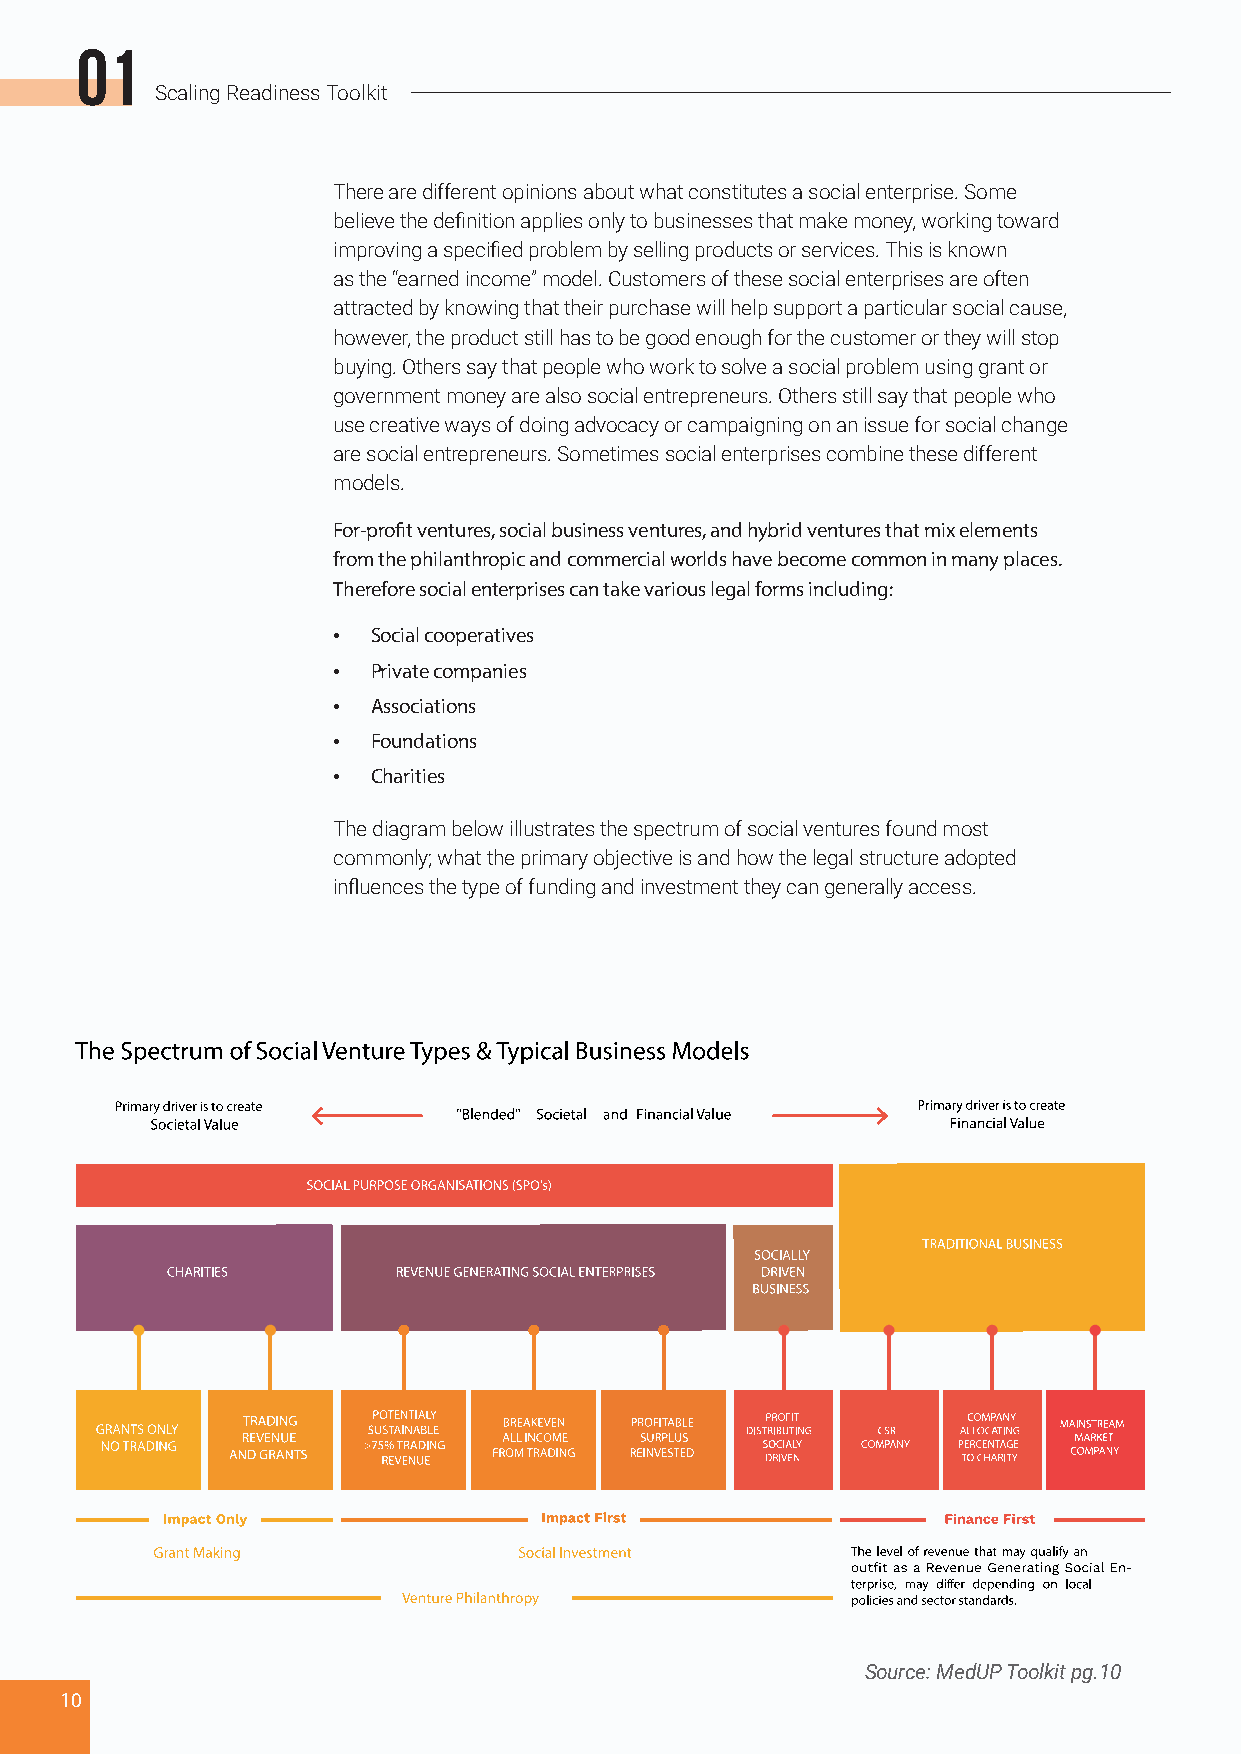
01
 Scaling Readiness Toolkit
 There are different opinions about what constitutes a social enterprise. Some
 believe the definition applies only to businesses that make money, working toward
 improving a specified problem by selling products or services. This is known
 as the “earned income” model. Customers of these social enterprises are often
 attracted by knowing that their purchase will help support a particular social cause,
 however, the product still has to be good enough for the customer or they will stop
 buying. Others say that people who work to solve a social problem using grant or
 government money are also social entrepreneurs. Others still say that people who
 use creative ways of doing advocacy or campaigning on an issue for social change
 are social entrepreneurs. Sometimes social enterprises combine these different
 models.
 For-profit ventures, social business ventures, and hybrid ventures that mix elements
 from the philanthropic and commercial worlds have become common in many places.
 Therefore social enterprises can take various legal forms including:
 •  Social cooperatives
 •  Private companies
 •  Associations
 •  Foundations
 •  Charities
 The diagram below illustrates the spectrum of social ventures found most
 commonly; what the primary objective is and how the legal structure adopted
 influences the type of funding and investment they can generally access.
 Source: MedUP Toolkit pg.10
 10